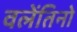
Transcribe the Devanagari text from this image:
वलेंतिनो